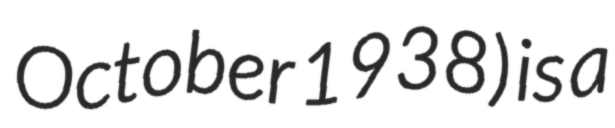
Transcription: October 1938) is a